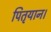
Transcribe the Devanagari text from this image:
पितृयान।